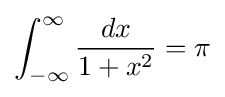
\int _{-\infty }^{\infty }{\frac {dx}{1+x^{2}}}=\pi